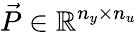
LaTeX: \vec{P}\in\mathbb R^{n_{y}\times n_{u}}